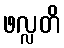
ဖလ္လတိ